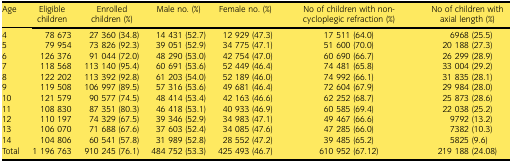
<table><thead><tr><td><b>Age</b></td><td><b>Eligible children</b></td><td><b>Enrolled children (%)</b></td><td><b>Male no. (%)</b></td><td><b>Female no. (%)</b></td><td><b>No of children with non‐cycloplegic refraction (%)</b></td><td><b>No of children with axial length (%)</b></td></tr></thead><tbody><tr><td>4</td><td>78 673</td><td>27 360 (34.8)</td><td>14 431 (52.7)</td><td>12 929 (47.3)</td><td>17 511 (64.0)</td><td>6968 (25.5)</td></tr><tr><td>5</td><td>79 954</td><td>73 826 (92.3)</td><td>39 051 (52.9)</td><td>34 775 (47.1)</td><td>51 600 (70.0)</td><td>20 188 (27.3)</td></tr><tr><td>6</td><td>126 376</td><td>91 044 (72.0)</td><td>48 290 (53.0)</td><td>42 754 (47.0)</td><td>60 690 (66.7)</td><td>26 299 (28.9)</td></tr><tr><td>7</td><td>118 568</td><td>113 140 (95.4)</td><td>60 691 (53.6)</td><td>52 449 (46.4)</td><td>74 481 (65.8)</td><td>33 004 (29.2)</td></tr><tr><td>8</td><td>122 202</td><td>113 392 (92.8)</td><td>61 203 (54.0)</td><td>52 189 (46.0)</td><td>74 992 (66.1)</td><td>31 835 (28.1)</td></tr><tr><td>9</td><td>119 508</td><td>106 997 (89.5)</td><td>57 316 (53.6)</td><td>49 681 (46.4)</td><td>72 604 (67.9)</td><td>29 984 (28.0)</td></tr><tr><td>10</td><td>121 579</td><td>90 577 (74.5)</td><td>48 414 (53.4)</td><td>42 163 (46.6)</td><td>62 252 (68.7)</td><td>25 873 (28.6)</td></tr><tr><td>11</td><td>108 830</td><td>87 351 (80.3)</td><td>46 418 (53.1)</td><td>40 933 (46.9)</td><td>60 585 (69.4)</td><td>22 038 (25.2)</td></tr><tr><td>12</td><td>110 197</td><td>74 329 (67.5)</td><td>39 346 (52.9)</td><td>34 983 (47.1)</td><td>49 467 (66.6)</td><td>9792 (13.2)</td></tr><tr><td>13</td><td>106 070</td><td>71 688 (67.6)</td><td>37 603 (52.4)</td><td>34 085 (47.6)</td><td>47 285 (66.0)</td><td>7382 (10.3)</td></tr><tr><td>14</td><td>104 806</td><td>60 541 (57.8)</td><td>31 989 (52.8)</td><td>28 552 (47.2)</td><td>39 485 (65.2)</td><td>5825 (9.6)</td></tr><tr><td>Total</td><td>1 196 763</td><td>910 245 (76.1)</td><td>484 752 (53.3)</td><td>425 493 (46.7)</td><td>610 952 (67.12)</td><td>219 188 (24.08)</td></tr></tbody></table>